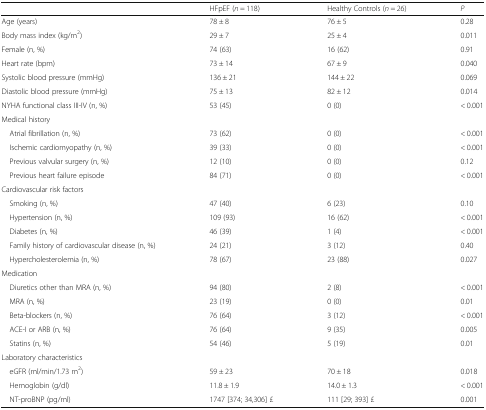
<table><thead><tr><td></td><td><b>HFpEF (<i>n</i> = 118)</b></td><td><b>Healthy Controls (<i>n</i> = 26)</b></td><td><b><i>P</i></b></td></tr></thead><tbody><tr><td>Age (years)</td><td>78 ± 8</td><td>76 ± 5</td><td>0.28</td></tr><tr><td>Body mass index (kg/m<sup>2</sup>)</td><td>29 ± 7</td><td>25 ± 4</td><td>0.011</td></tr><tr><td>Female (n, %)</td><td>74 (63)</td><td>16 (62)</td><td>0.91</td></tr><tr><td>Heart rate (bpm)</td><td>73 ± 14</td><td>67 ± 9</td><td>0.040</td></tr><tr><td>Systolic blood pressure (mmHg)</td><td>136 ± 21</td><td>144 ± 22</td><td>0.069</td></tr><tr><td>Diastolic blood pressure (mmHg)</td><td>75 ± 13</td><td>82 ± 12</td><td>0.014</td></tr><tr><td>NYHA functional class III-IV (n, %)</td><td>53 (45)</td><td>0 (0)</td><td>&lt; 0.001</td></tr><tr><td colspan="4">Medical history</td></tr><tr><td> Atrial fibrillation (n, %)</td><td>73 (62)</td><td>0 (0)</td><td>&lt; 0.001</td></tr><tr><td> Ischemic cardiomyopathy (n, %)</td><td>39 (33)</td><td>0 (0)</td><td>&lt; 0.001</td></tr><tr><td> Previous valvular surgery (n, %)</td><td>12 (10)</td><td>0 (0)</td><td>0.12</td></tr><tr><td> Previous heart failure episode</td><td>84 (71)</td><td>0 (0)</td><td>&lt; 0.001</td></tr><tr><td colspan="4">Cardiovascular risk factors</td></tr><tr><td> Smoking (n, %)</td><td>47 (40)</td><td>6 (23)</td><td>0.10</td></tr><tr><td> Hypertension (n, %)</td><td>109 (93)</td><td>16 (62)</td><td>&lt; 0.001</td></tr><tr><td> Diabetes (n, %)</td><td>46 (39)</td><td>1 (4)</td><td>&lt; 0.001</td></tr><tr><td> Family history of cardiovascular disease (n, %)</td><td>24 (21)</td><td>3 (12)</td><td>0.40</td></tr><tr><td> Hypercholesterolemia (n, %)</td><td>78 (67)</td><td>23 (88)</td><td>0.027</td></tr><tr><td colspan="4">Medication</td></tr><tr><td> Diuretics other than MRA (n, %)</td><td>94 (80)</td><td>2 (8)</td><td>&lt; 0.001</td></tr><tr><td> MRA (n, %)</td><td>23 (19)</td><td>0 (0)</td><td>0.01</td></tr><tr><td> Beta-blockers (n, %)</td><td>76 (64)</td><td>3 (12)</td><td>&lt; 0.001</td></tr><tr><td> ACE-I or ARB (n, %)</td><td>76 (64)</td><td>9 (35)</td><td>0.005</td></tr><tr><td> Statins (n, %)</td><td>54 (46)</td><td>5 (19)</td><td>0.01</td></tr><tr><td colspan="4">Laboratory characteristics</td></tr><tr><td> eGFR (ml/min/1.73 m<sup>2</sup>)</td><td>59 ± 23</td><td>70 ± 18</td><td>0.018</td></tr><tr><td> Hemoglobin (g/dl)</td><td>11.8 ± 1.9</td><td>14.0 ± 1.3</td><td>&lt; 0.001</td></tr><tr><td> NT-proBNP (pg/ml)</td><td>1747 [374; 34,306] £</td><td>111 [29; 393] £</td><td>0.001</td></tr></tbody></table>